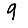
Digit: 9